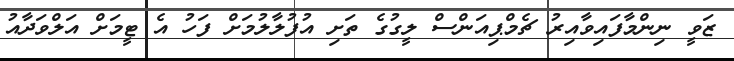
ޒަވީ ނިންމާފައިވާއިރު ޗެމްޕިއަންސް ލީގުގެ ތަށި އުފުލާލުމަށް ފަހު އެ ޓީމަށް އަލްވަދާއު